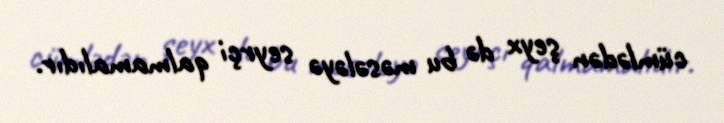
cümlədən şeyx də bu məsələyə seyrçi qalmamalıdır.